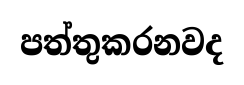
පත්තුකරනවද